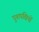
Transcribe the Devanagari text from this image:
पुशपक्षियों